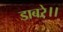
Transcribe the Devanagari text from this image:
डाबरे।।